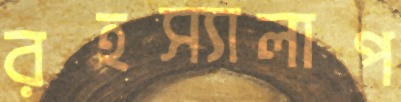
রহস্যালাপ